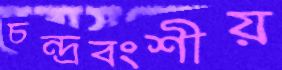
চন্দ্রবংশীয়